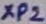
Text: XP2